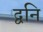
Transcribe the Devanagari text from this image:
द्वनि